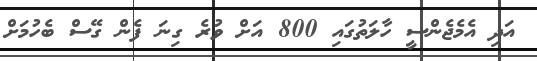
އަދި އެމެޖެންސީ ހާލަތުގައި 800 އަށް ވުރެ ގިނަ ފެން ގޭސް ބެހުމަށް